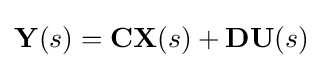
\mathbf {Y} (s)=\mathbf {C} \mathbf {X} (s)+\mathbf {D} \mathbf {U} (s)